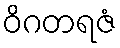
ဝိဂတရဇံ